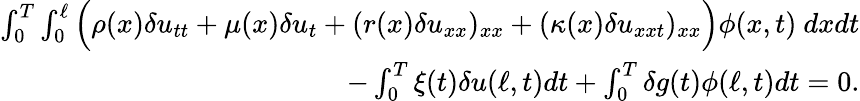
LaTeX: \begin{array}{r}{\int_{0}^{T}\int_{0}^{\ell}\Big(\rho(x)\delta u_{tt}+\mu(x)\delta u_{t}+(r(x)\delta u_{xx})_{xx}+(\kappa(x)\delta u_{xxt})_{xx}\Big)\phi(x,t)\ dxdt}\\ {-\int_{0}^{T}\xi(t)\delta u(\ell,t)dt+\int_{0}^{T}\delta g(t)\phi(\ell,t)dt=0.}\end{array}